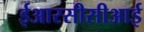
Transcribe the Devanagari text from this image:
ईआरसीसीआई